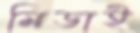
মিডাই